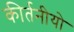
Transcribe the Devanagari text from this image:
कीर्तनीयो